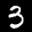
Label: 3